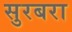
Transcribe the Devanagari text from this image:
सुरबरा